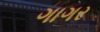
ગાગર